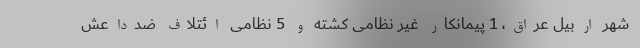
شهر اربیل عراق، 1 پیمانکار غیر نظامی کشته و 5 نظامی ائتلاف ضدداعش